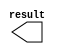
module lpm_constant_202 (
	result);

	output	[9:0]  result;

endmodule